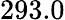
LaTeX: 293.0